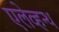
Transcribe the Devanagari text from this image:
एलेव्हन्थ